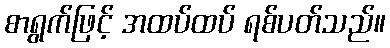
စာရွက်ဖြင့် အထပ်ထပ် ရစ်ပတ်သည်။